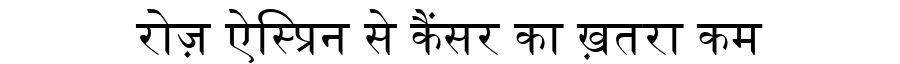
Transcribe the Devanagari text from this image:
रोज़ ऐस्प्रिन से कैंसर का ख़तरा कम